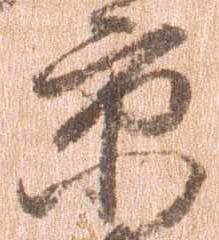
京